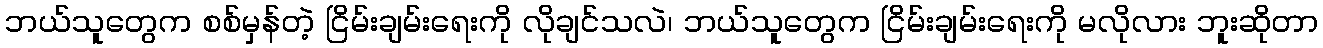
ဘယ်သူတွေက စစ်မှန်တဲ့ ငြိမ်းချမ်းရေးကို လိုချင်သလဲ၊ ဘယ်သူတွေက ငြိမ်းချမ်းရေးကို မလိုလား ဘူးဆိုတာ